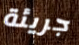
جريئة